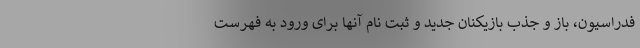
فدراسیون، باز و جذب بازیکنان جدید و ثبت نام آنها برای ورود به فهرست